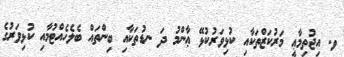
ވ. އިޖުތިމާޢީ މަރުކަޒްތަކާއި ކުޅިވަރުކުޅޭ ޢާންމު ދަ ނޑުތަކާއި ބިންތައް ބެލެހެއްޓުމާއި ކުޅިވަރުގެ